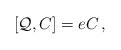
LaTeX: \begin{align*}[\mathcal{Q},C]=e C \, ,\end{align*}